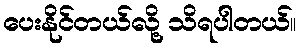
ပေးနိုင်တယ်လို့ သိရပါတယ်။